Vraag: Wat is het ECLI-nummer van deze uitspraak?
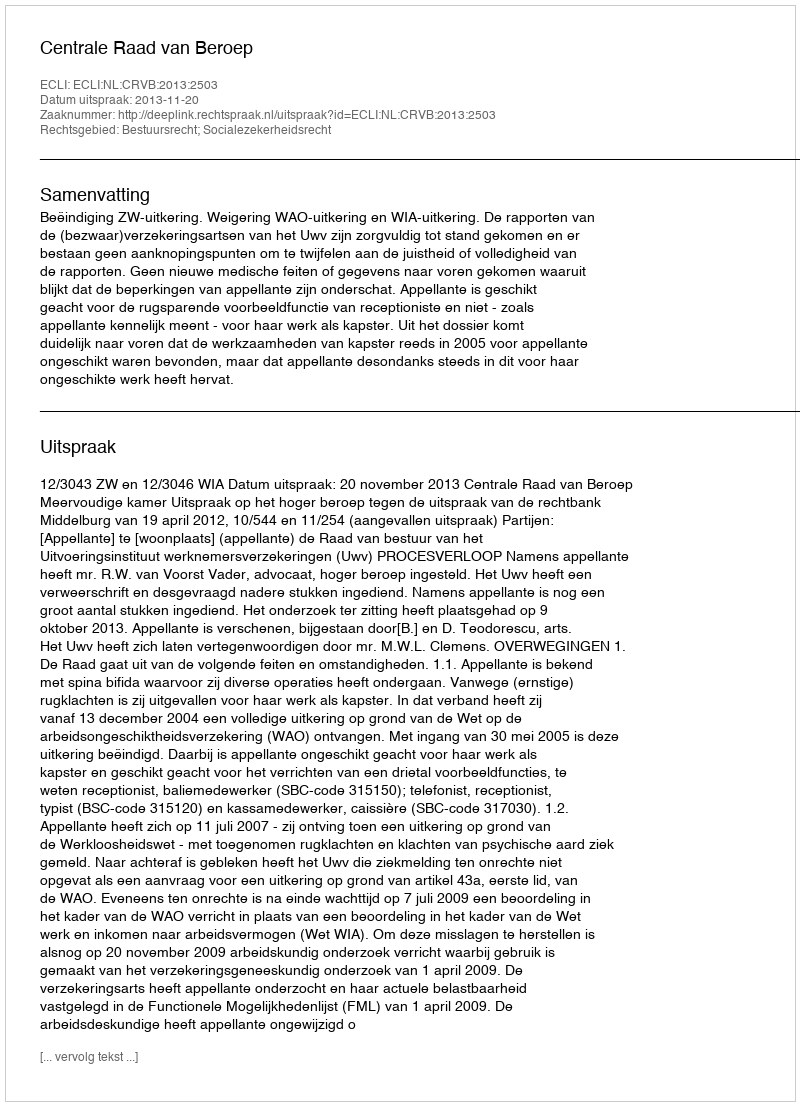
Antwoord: ECLI:NL:CRVB:2013:2503